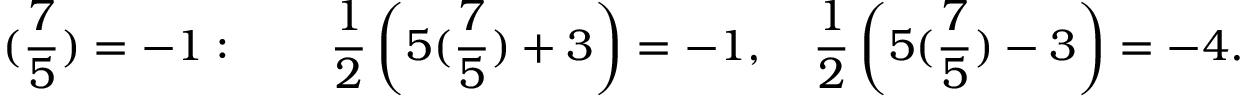
( { \frac { 7 } { 5 } } ) = - 1 : \qquad { \frac { 1 } { 2 } } \left( 5 ( { \frac { 7 } { 5 } } ) + 3 \right) = - 1 , \quad { \frac { 1 } { 2 } } \left( 5 ( { \frac { 7 } { 5 } } ) - 3 \right) = - 4 .